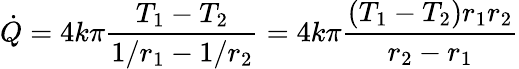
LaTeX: {\dot{Q}}=4k\pi{\frac{T_{1}-T_{2}}{1/{r_{1}}-1/{r_{2}}}}=4k\pi{\frac{(T_{1}-T_{2})r_{1}r_{2}}{r_{2}-r_{1}}}